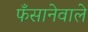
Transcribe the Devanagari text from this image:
फँसानेवाले